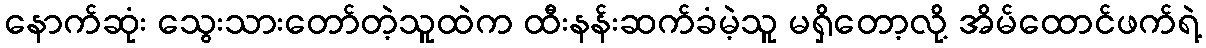
နောက်ဆုံး သွေးသားတော်တဲ့သူထဲက ထီးနန်းဆက်ခံမဲ့သူ မရှိတော့လို့ အိမ်ထောင်ဖက်ရဲ့